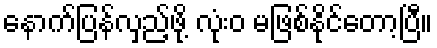
နောက်ပြန်လှည့်ဖို့ လုံးဝ မဖြစ်နိုင်တော့ပြီ။